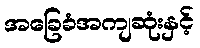
အခြေခံအကျဆုံးနှင့်